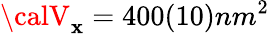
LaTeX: {\calV}_{\mathbf{x}}=400(10)nm^{2}